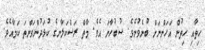
ހިތާއި ހިތުން އަހަންނަށް ބުނެވުނެވެ. ސުބުހާނަ އެވެ. މާތް ރަސްކަލާނގެ ކުޅަދުންވަންތަ ކަމާއެވެ.